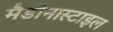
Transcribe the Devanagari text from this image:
मैडोनास्टाइल